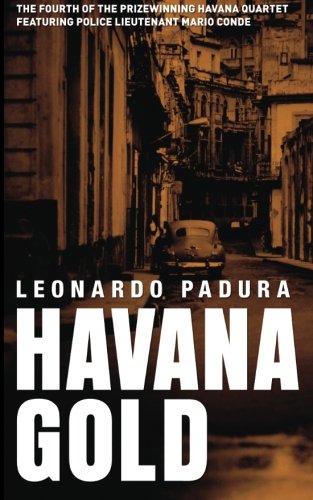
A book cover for Havana Gold: The Havana Quartet; Leonardo Padura; Mystery, Thriller & Suspense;